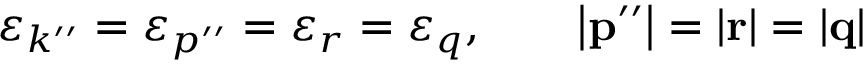
\varepsilon _ { k ^ { \prime \prime } } = \varepsilon _ { p ^ { \prime \prime } } = \varepsilon _ { r } = \varepsilon _ { q } , \qquad \left| { \bf p } ^ { \prime \prime } \right| = \left| { \bf r } \right| = \left| { \bf q } \right|